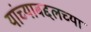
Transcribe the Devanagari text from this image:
यांच्याबद्दलच्या